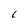
Character: L